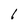
Character: 6